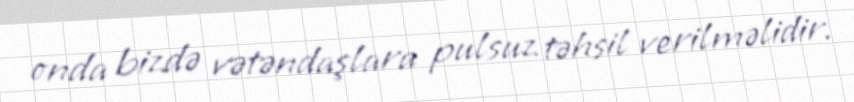
onda bizdə vətəndaşlara pulsuz təhsil verilməlidir.